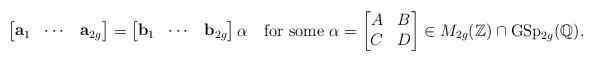
LaTeX: \begin{align*}\left[\begin{matrix}\mathbf{a}_1 & \cdots & \mathbf{a}_{2g}\end{matrix}\right]=\left[\begin{matrix}\mathbf{b}_1 & \cdots & \mathbf{b}_{2g}\end{matrix}\right]\alpha\quad\textrm{for some}~\alpha=\left[\begin{matrix}A&B\\C&D\end{matrix}\right]\in M_{2g}(\mathbb{Z})\cap\mathrm{GSp}_{2g}(\mathbb{Q}).\end{align*}